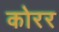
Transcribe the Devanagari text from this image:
कोरर